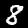
Label: 8